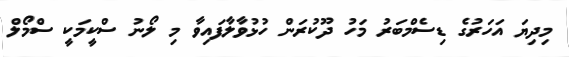
މިދިޔަ އަހަރުގެ ޑިސެމްބަރު މަހު ދޫކުރަން ހުޅުވާލާފައިވާ މި ލޯނު ސްކީމަކީ ސްމޯލް